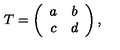
T = \left( \begin{array} { c c } { a } & { b } \\ { c } & { d } \\ \end{array} \right) ,